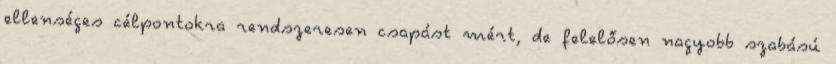
ellenséges célpontokra rendszeresen csapást mért, de felelősen nagyobb szabású